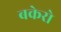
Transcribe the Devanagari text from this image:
बकेरो